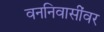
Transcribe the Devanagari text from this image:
वननिवासींवर